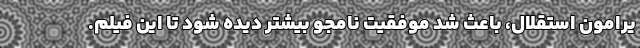
یرامون استقلال، باعث شد موفقیت نامجو بیشتر دیده شود تا این فیلم.